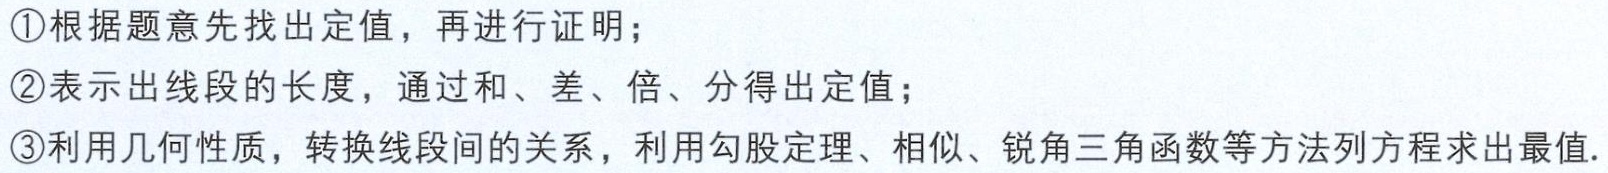
\textcircled{1}根据题意先找出定值，再进行证明；

\textcircled{2}表示出线段的长度，通过和、差、倍、分得出定值；

\textcircled{3}利用几何性质，转换线段间的关系，利用勾股定理、相似、锐角三角函数等方法列方程求出最值.